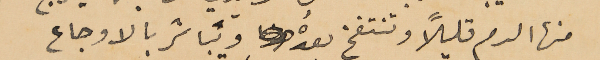
منها الدم قليلاً وتنتفخ بعدهُ ويباشر بالاوجاع